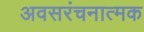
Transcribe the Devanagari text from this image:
अवसरंचनात्मक